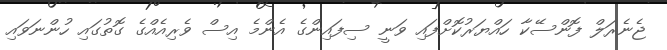
ޖެނެރަލް ފޮންސޭކާ ހައްޔަރުކޮށްފައި ވަނީ ސިފައިންގެ އެންމެ އިސް ވެރިއެއްގެ ގޮތުގައި ހުންނަވައި